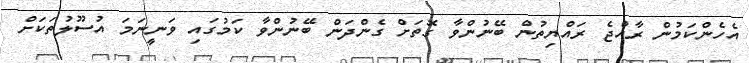
އެހެންކަމުން ރާއްޖެ ރައްޔިތުން ބޭނުންވާ ގޮތަށް ގެންދަން ބޭނުންވާ ކަމުގައި ވަނީނަމަ އުސޫލުތަކަށް